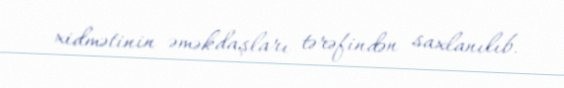
xidmətinin əməkdaşları tərəfindən saxlanılıb.